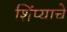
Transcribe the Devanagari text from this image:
शिंप्याचे